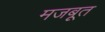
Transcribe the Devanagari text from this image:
मजबूूत